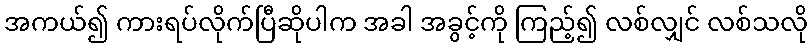
အကယ်၍ ကားရပ်လိုက်ပြီဆိုပါက အခါ အခွင့်ကို ကြည့်၍ လစ်လျှင် လစ်သလို